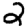
Digit: 2